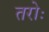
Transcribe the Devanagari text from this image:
तरोः